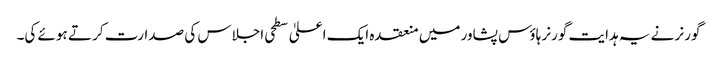
گورنر نے یہ ہدایت گورنر ہاؤس پشاور میں منعقدہ ایک اعلیٰ سطحی اجلاس کی صدارت کر تے ہوئے کی۔